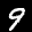
Label: 9